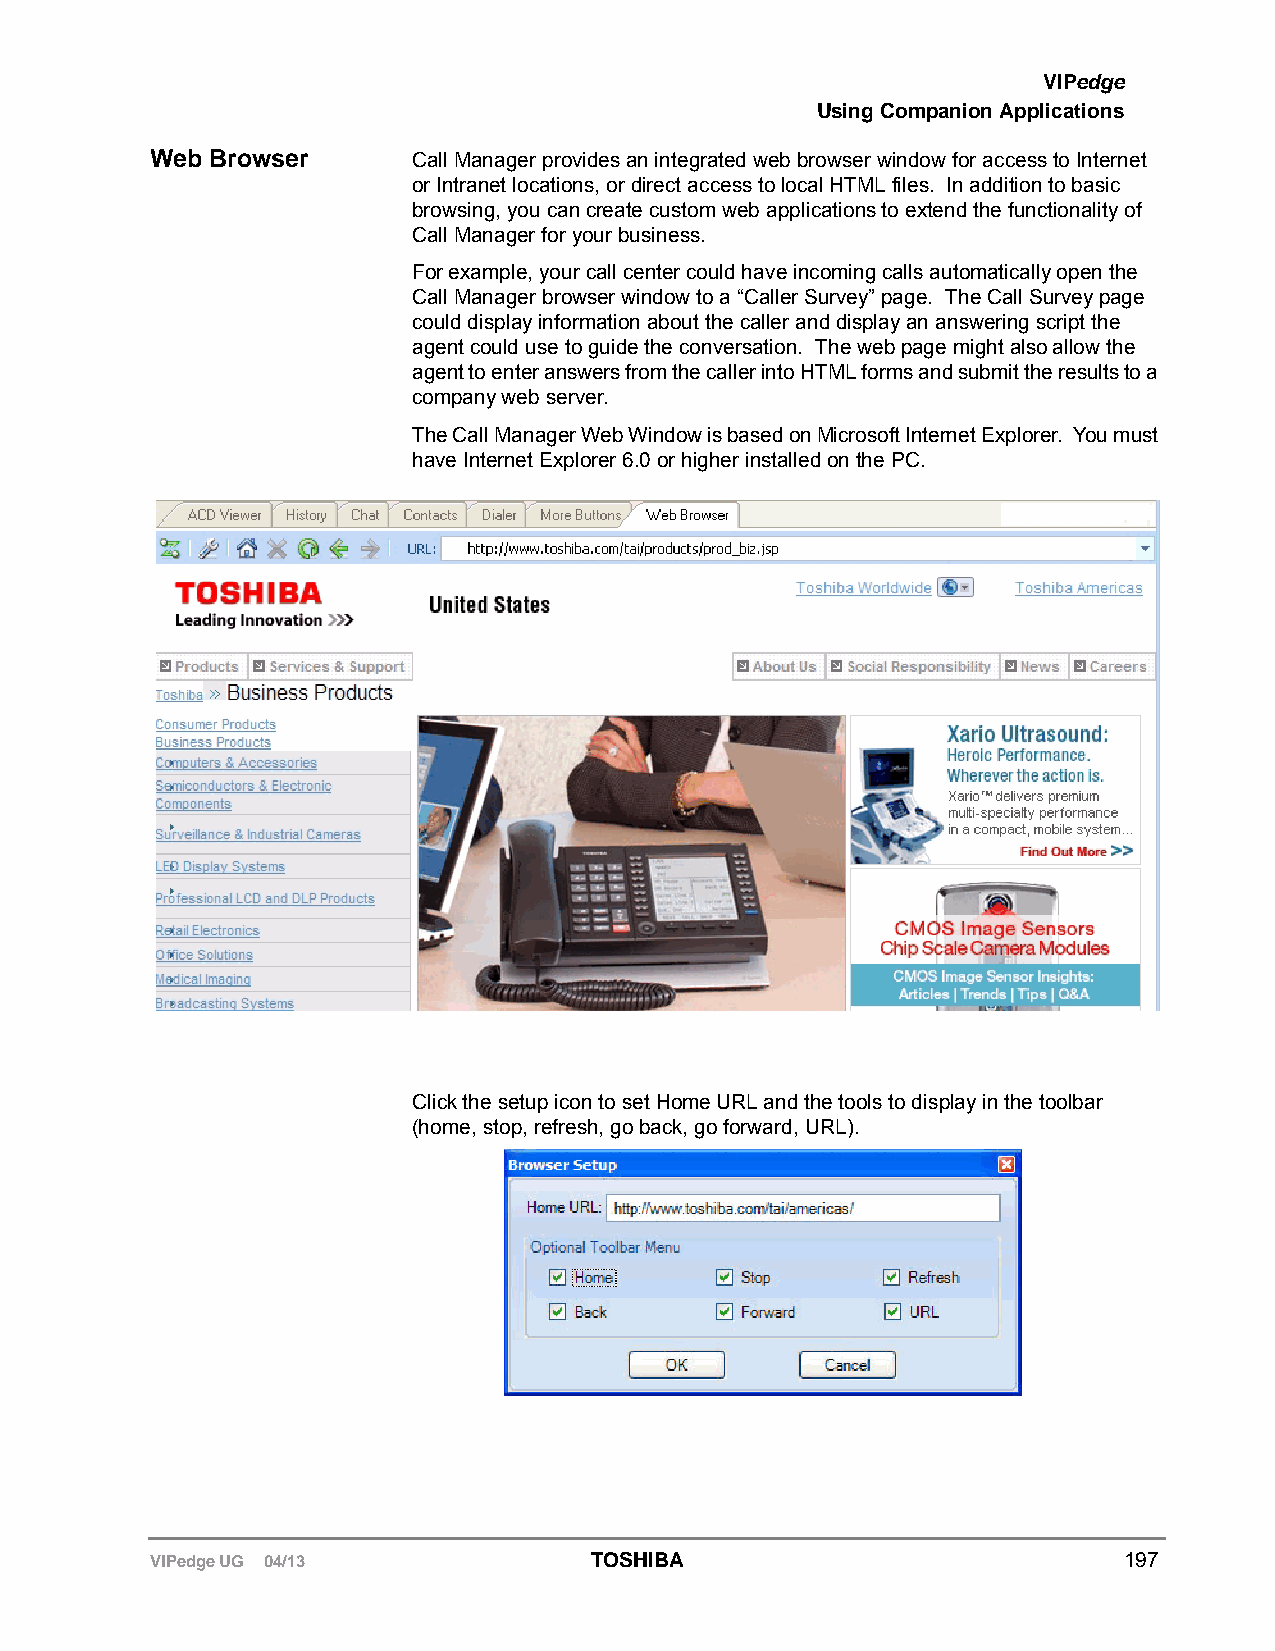
VIPedge
 Using Companion Applications
 Web Browser      Call Manager provides an integrated web browser window for access to Internet
 or Intranet locations, or direct access to local HTML files. In addition to basic
 browsing, you can create custom web applications to extend the functionality of
 Call Manager for your business.
 For example, your call center could have incoming calls automatically open the
 Call Manager browser window to a “Caller Survey” page. The Call Survey page
 could display information about the caller and display an answering script the
 agent could use to guide the conversation. The web page might also allow the
 agent to enter answers from the caller into HTML forms and submit the results to a
 company web server.
 The Call Manager Web Window is based on Microsoft Internet Explorer. You must
 have Internet Explorer 6.0 or higher installed on the PC.
 Click the setup icon to set Home URL and the tools to display in the toolbar
 (home, stop, refresh, go back, go forward, URL).
 VIPedge UG 04/13             TOSHIBA                            197